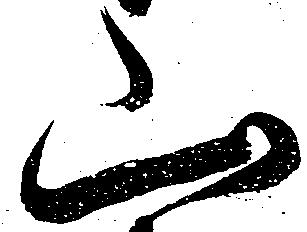
山